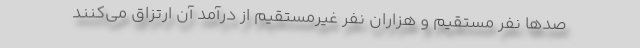
صدها نفر مستقیم و هزاران نفر غیرمستقیم از درآمد آن ارتزاق می‌کنند